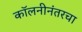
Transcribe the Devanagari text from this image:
कॉलनीनंतरचा